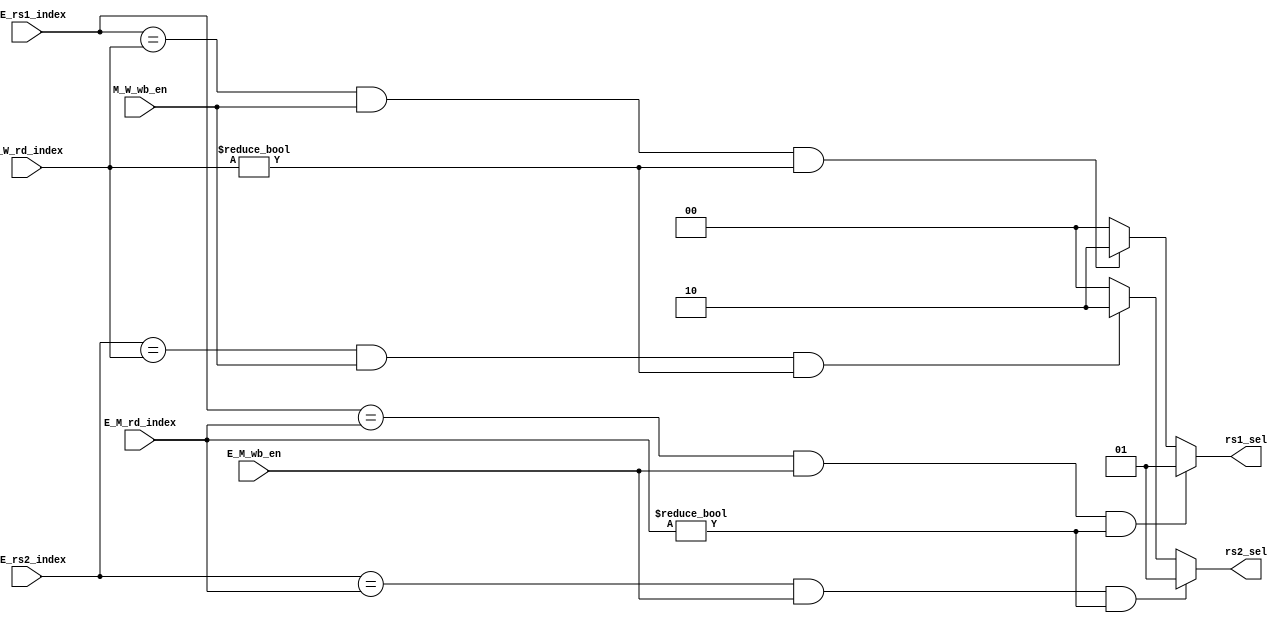
module Forwarding_Unit(
	input E_M_wb_en,
	input M_W_wb_en,
	input [4:0] D_E_rs1_index,
	input [4:0] D_E_rs2_index,
	input [4:0] E_M_rd_index,
	input [4:0] M_W_rd_index,
	output reg [1:0]rs1_sel,
	output reg [1:0]rs2_sel
);
parameter not_forward = 2'd0;
parameter forward_M = 2'd1;
parameter forward_W = 2'd2;
always@(*) begin
	if (D_E_rs1_index == E_M_rd_index && E_M_wb_en && (E_M_rd_index != 5'b0))
		rs1_sel = forward_M;
	else if (D_E_rs1_index == M_W_rd_index && M_W_wb_en && (M_W_rd_index != 5'b0))
		rs1_sel = forward_W;
	else 
		rs1_sel = not_forward;
end

always@(*) begin
	if (D_E_rs2_index == E_M_rd_index && E_M_wb_en && (E_M_rd_index != 5'b0))
		rs2_sel = forward_M;
	else if (D_E_rs2_index == M_W_rd_index && M_W_wb_en && (M_W_rd_index != 5'b0))
		rs2_sel = forward_W;
	else 
		rs2_sel = not_forward;
end

endmodule